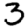
Digit: 3